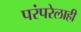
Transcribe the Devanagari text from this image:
परंपरेलाही